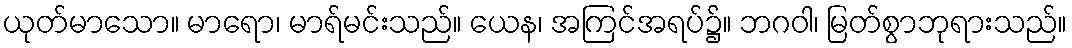
ယုတ်မာသော။ မာရော၊ မာရ်မင်းသည်။ ယေန၊ အကြင်အရပ်၌။ ဘဂဝါ၊ မြတ်စွာဘုရားသည်။